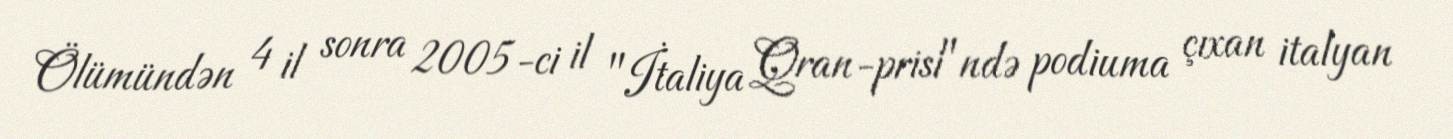
Ölümündən 4 il sonra 2005-ci il "İtaliya Qran-prisi"ndə podiuma çıxan italyan